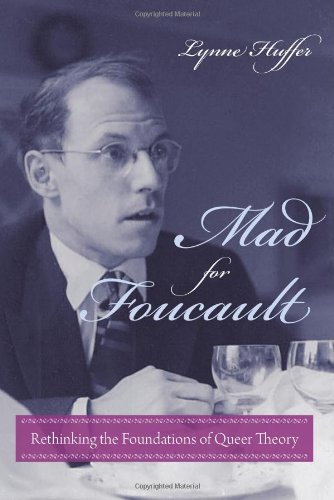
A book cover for Mad for Foucault: Rethinking the Foundations of Queer Theory (Gender and Culture); Lynne Huffer; Gay & Lesbian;